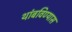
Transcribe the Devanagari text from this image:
थांबविण्यास